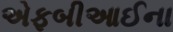
એફબીઆઈના